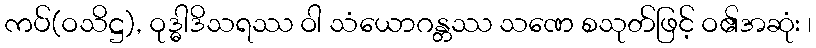
ကပ်(ဝသိဋ္ဌ), ဝုဒ္ဓါဒိသရဿ ဝါ သံယောဂန္တဿ သဏေ စသုတ်ဖြင့် ဝ၏အဆုံး ၊